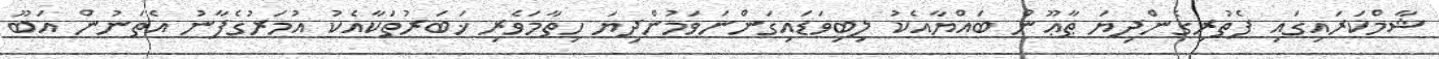
ޝާމްކަރައިގައި ފެތުރިގެންދިޔަ ޠާޢޫން ބައްޔާއެކު ލިބިވަޑައިގަންނަވަމުންދިޔަ ހިތާމަވެރި ޚަބަރުތަކާއެކު އުމަރުގެފާނު އެތަނުން އަބޫ